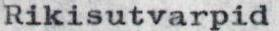
Rikisutvarpid